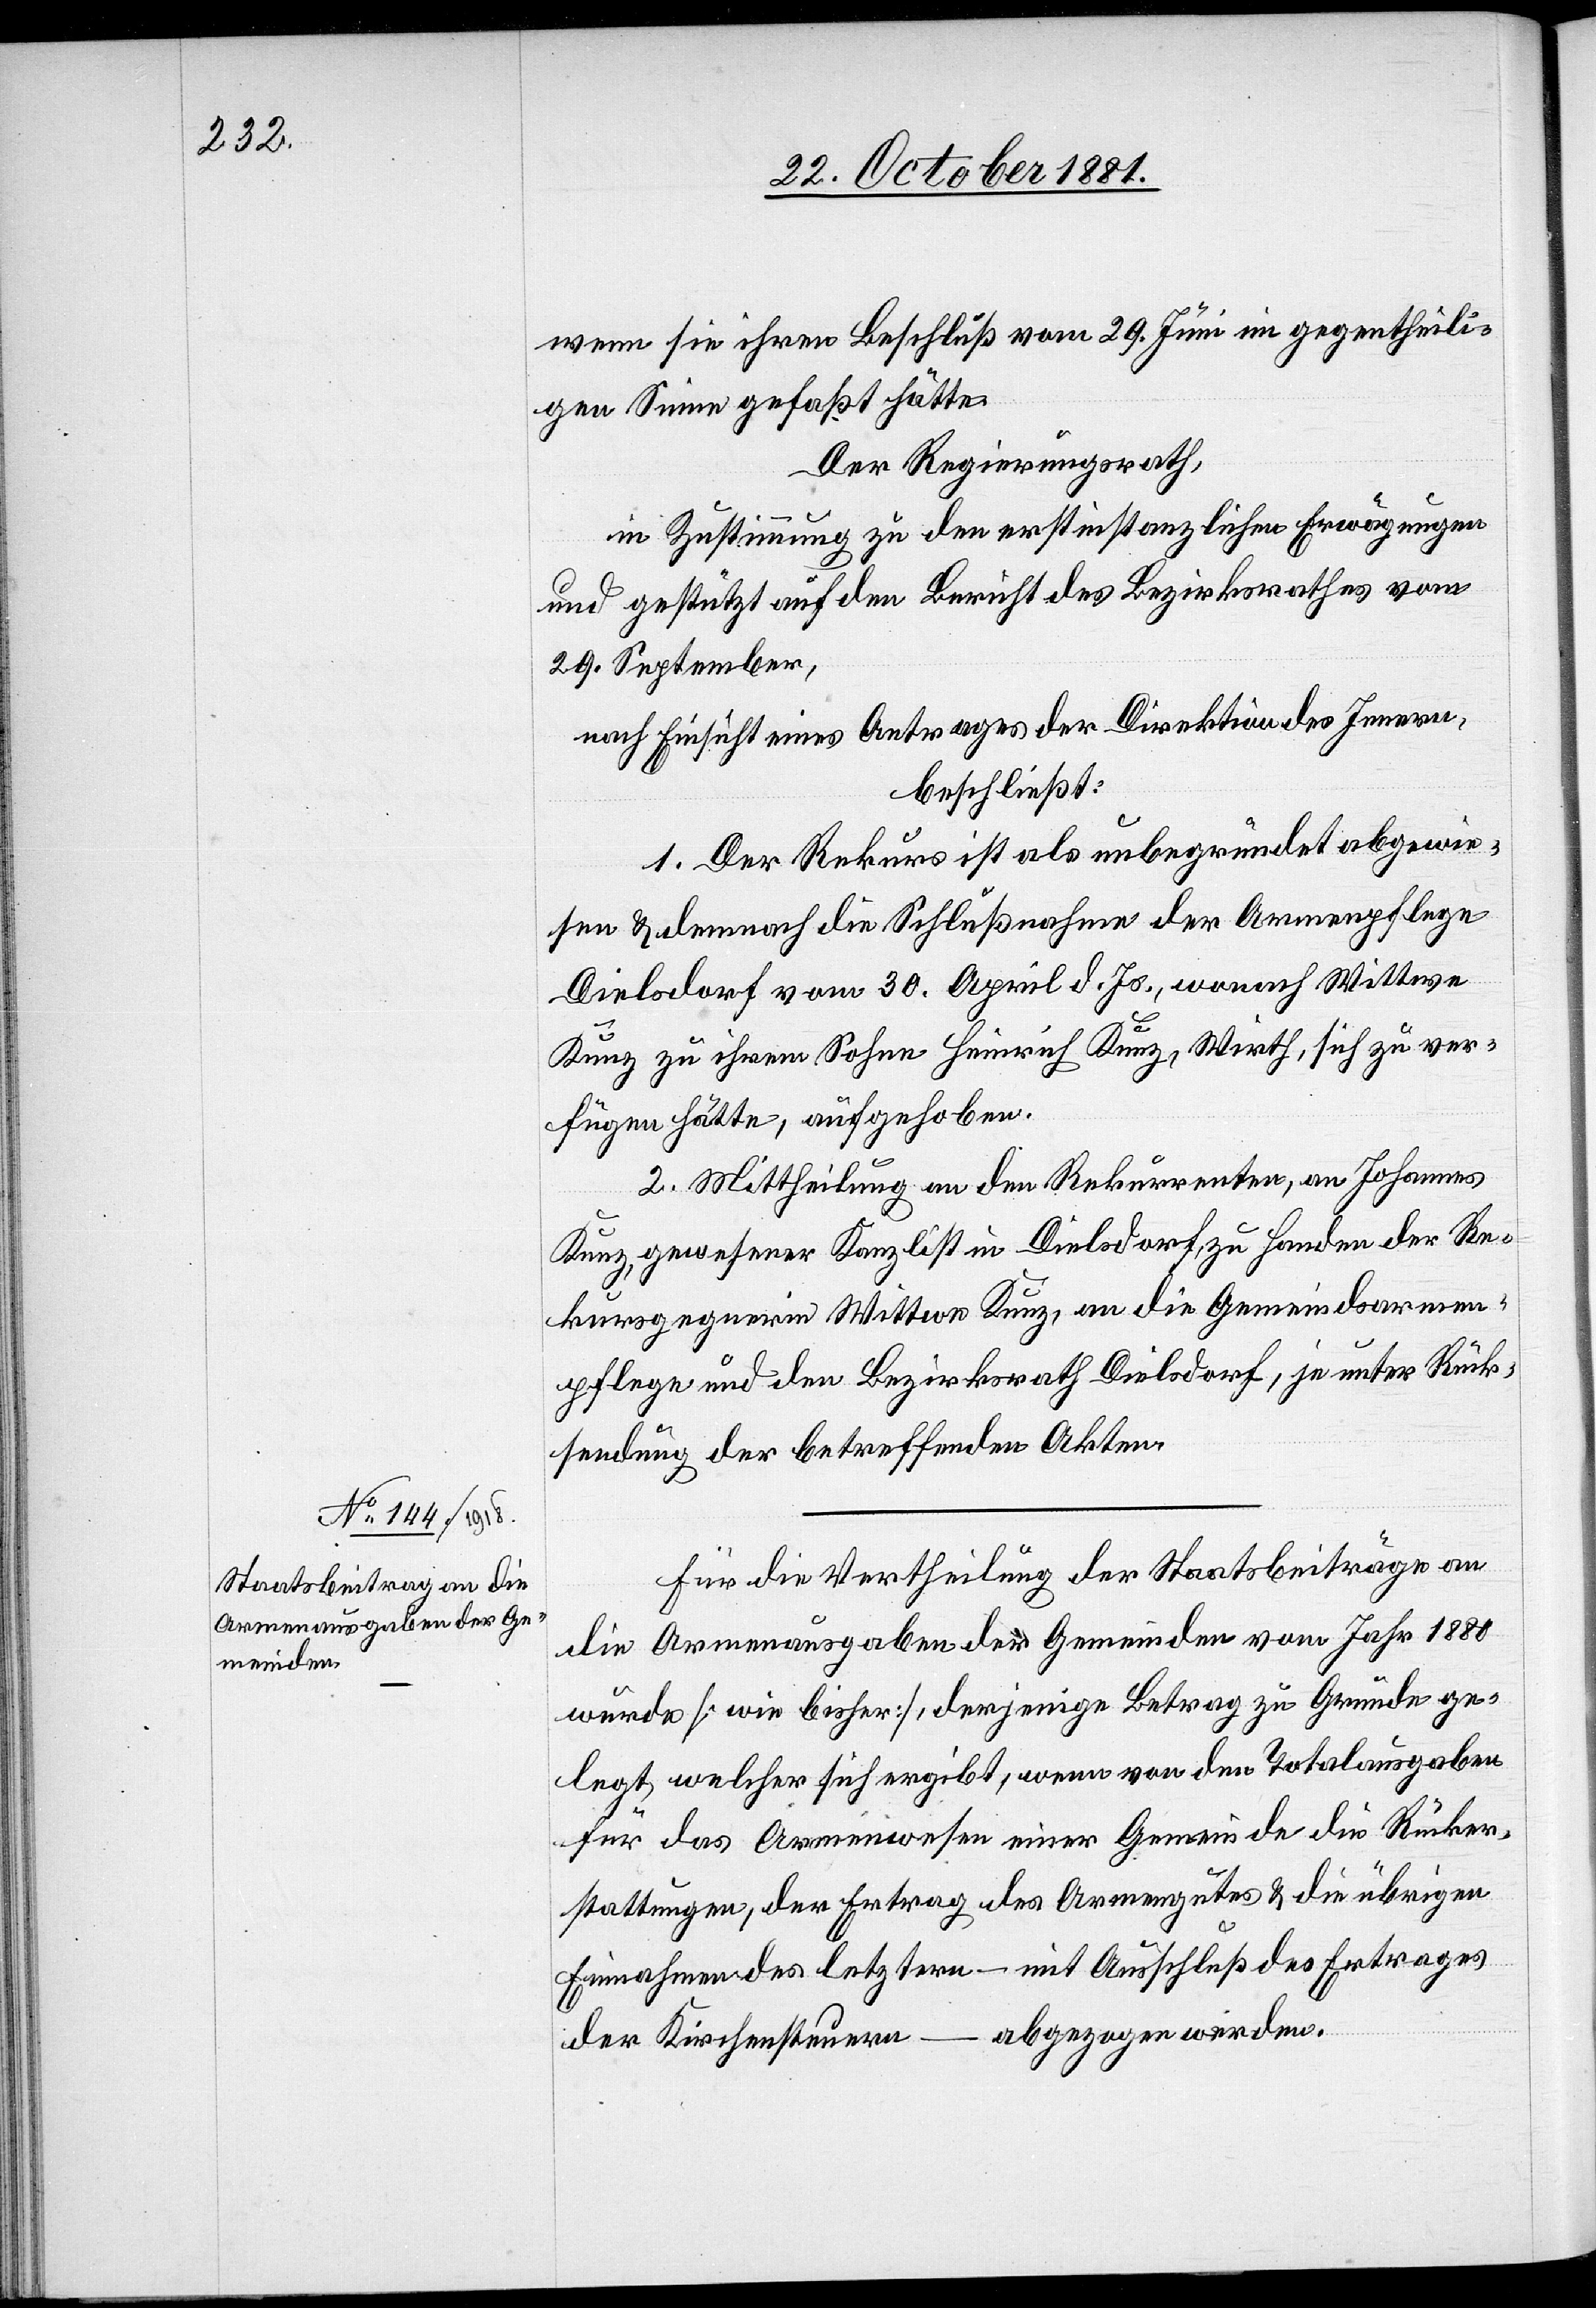
endung

wenn sie ihren Beschluß vom 29. Juni im gegentheili¬
gen Sinne gefaßt hätte.
Der Regierungsrath,
in Zustimmung zu den erstinstanzlichen Erwägungen
und gestützt auf den Bericht des Bezirksrathes vom
29. September,
nach Einsicht eines Antrages der Direktion des Innern,
beschließt:
1. Der Rekurs ist als unbegründet abgewie¬
sen & demnach die Schlußnahme der Armenpflege
Dielsdorf vom 30. April d. Js., wonach Wittwe
Kunz zu ihrem Sohne Heinrich Kunz, Wirth, sich zu ver¬
fügen hätte, aufgehoben.
2. Mittheilung an den Rekurrenten, an Johannes
Kunz, gewesener Kanzlist in Dielsdorf, zu Handen der Re¬
kursgegnerin Wittwe Kunz, an die Gemeindsarmen¬
pflege und den Bezirksrath Dielsdorf, je unter Rücks¬
Für die Vertheilung der Staatsbeiträge an
die Armenausgaben der Gemeinden vom Jahr 1880
wurde [wie bisher], derjenige Betrag zu Grunde ge¬
legt, welcher sich ergibt, wenn von den Totalausgaben
für das Armenwesen einer Gemeinde die Rücker¬
stattungen, der Ertrag des Armengutes & die übrigen
Einnahmen des letztern – mit Ausschluß des Ertrages
der Kirchensteuern – abgezogen werden.